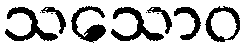
သသောဝ